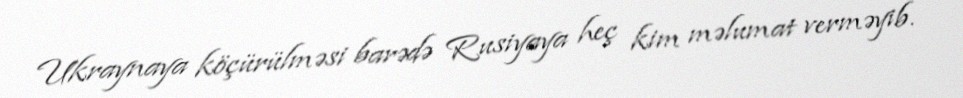
Ukraynaya köçürülməsi barədə Rusiyaya heç kim məlumat verməyib.